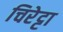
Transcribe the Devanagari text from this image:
चिरेट्टा